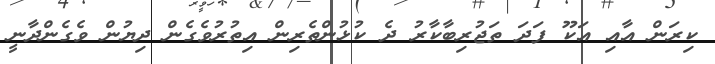
ކިރަން އާއި އަކޫ ފަދަ ތަޖުރިބާކާރު ދެ ކުޅުންތެރިން އިތުރުވެގެން ދިޔުން ވެގެންދާނީ